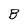
Character: B